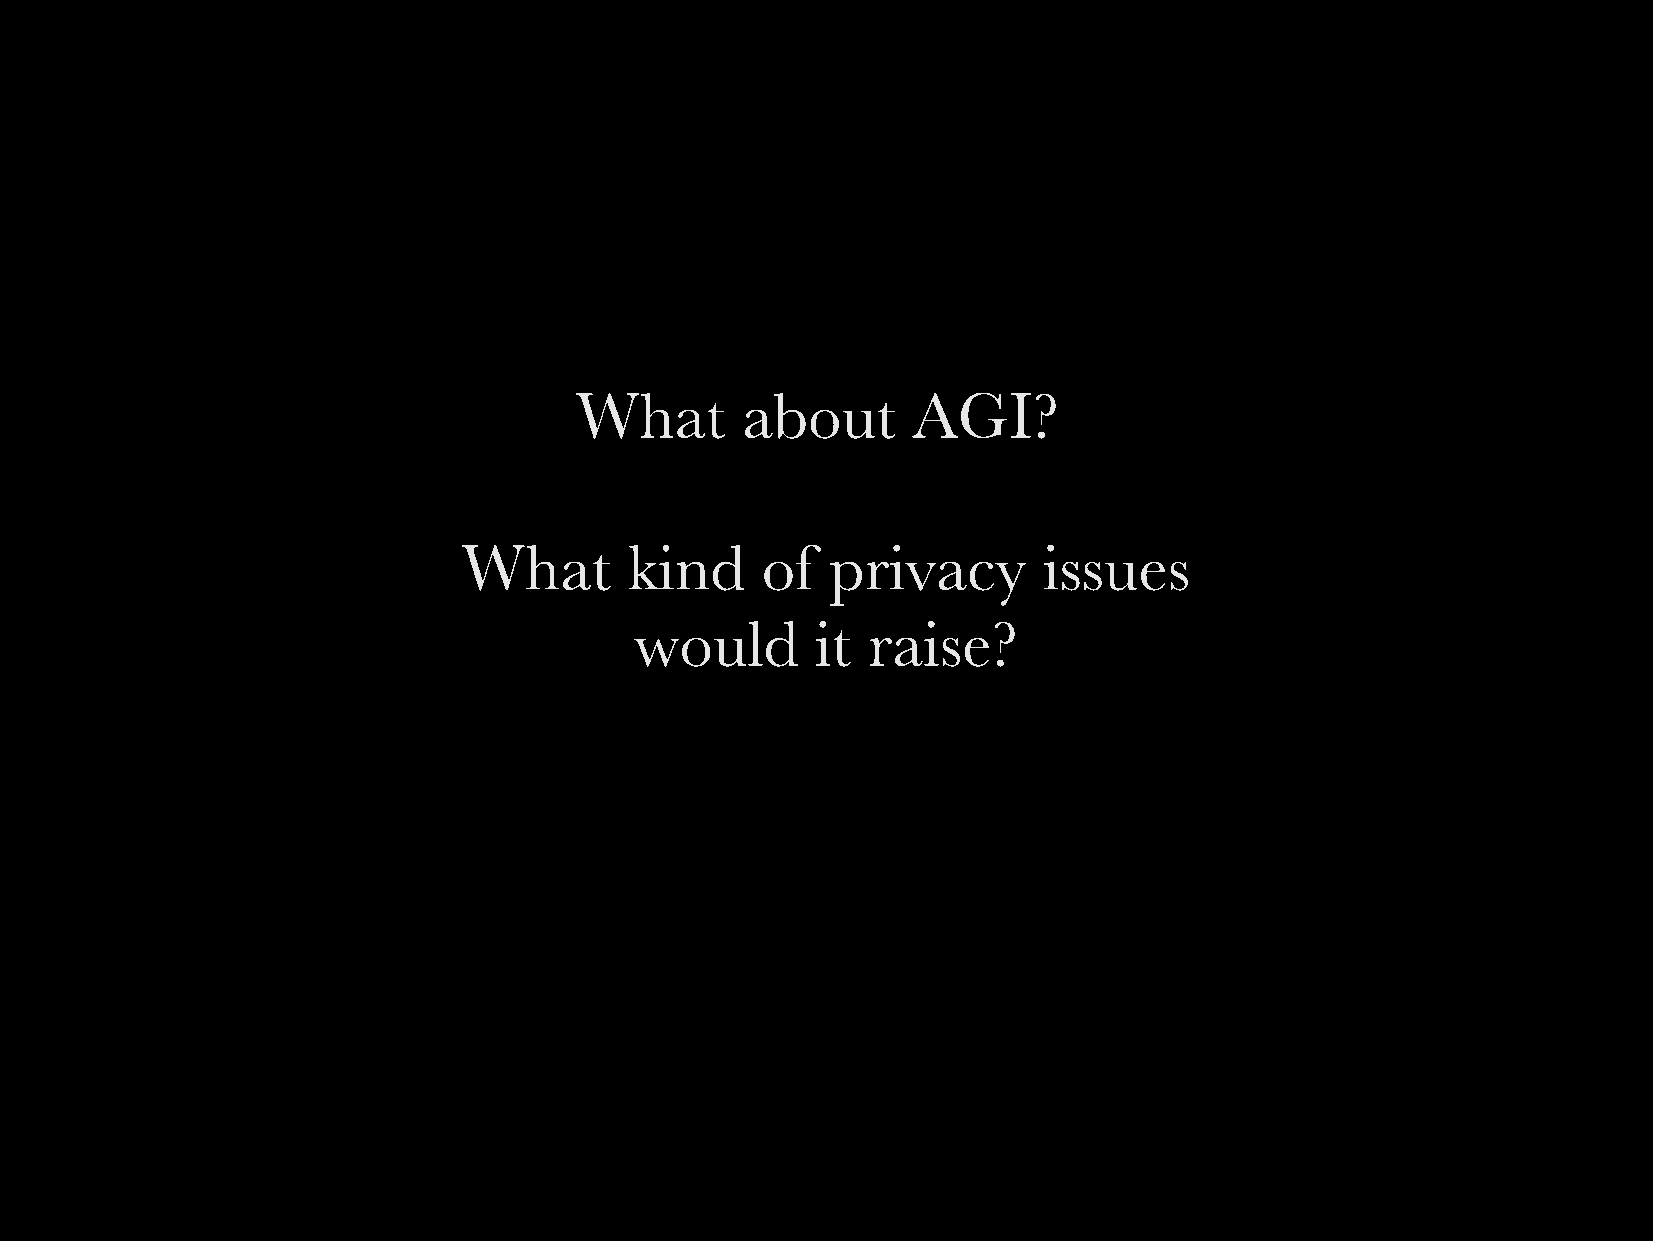
What       about      AGI?
 What       kind    of   privacy       issues
 would       it raise?